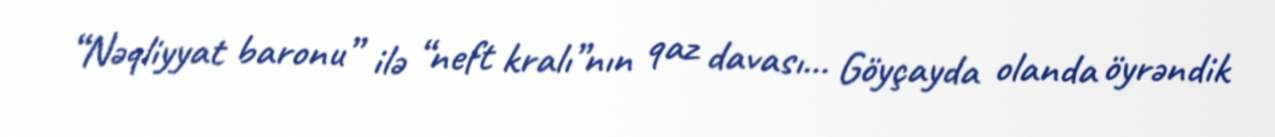
“Nəqliyyat baronu” ilə “neft kralı”nın qaz davası... Göyçayda olanda öyrəndik